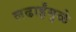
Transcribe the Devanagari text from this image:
लढाईंमुळे